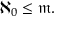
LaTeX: \aleph _ { 0 } \leq { \mathfrak { m } } .